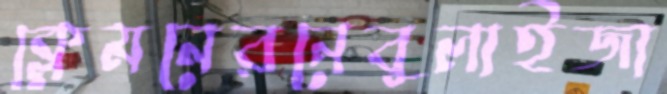
ক্লেমনেরনেবুলাইজা